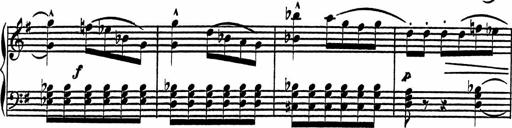
Title: 4 Piano Sonatinas
Composer: Adam Geibel